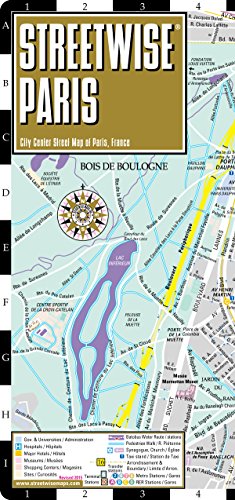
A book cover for Streetwise Paris Map - Laminated City Center Street Map of Paris, France; Streetwise Maps; Reference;